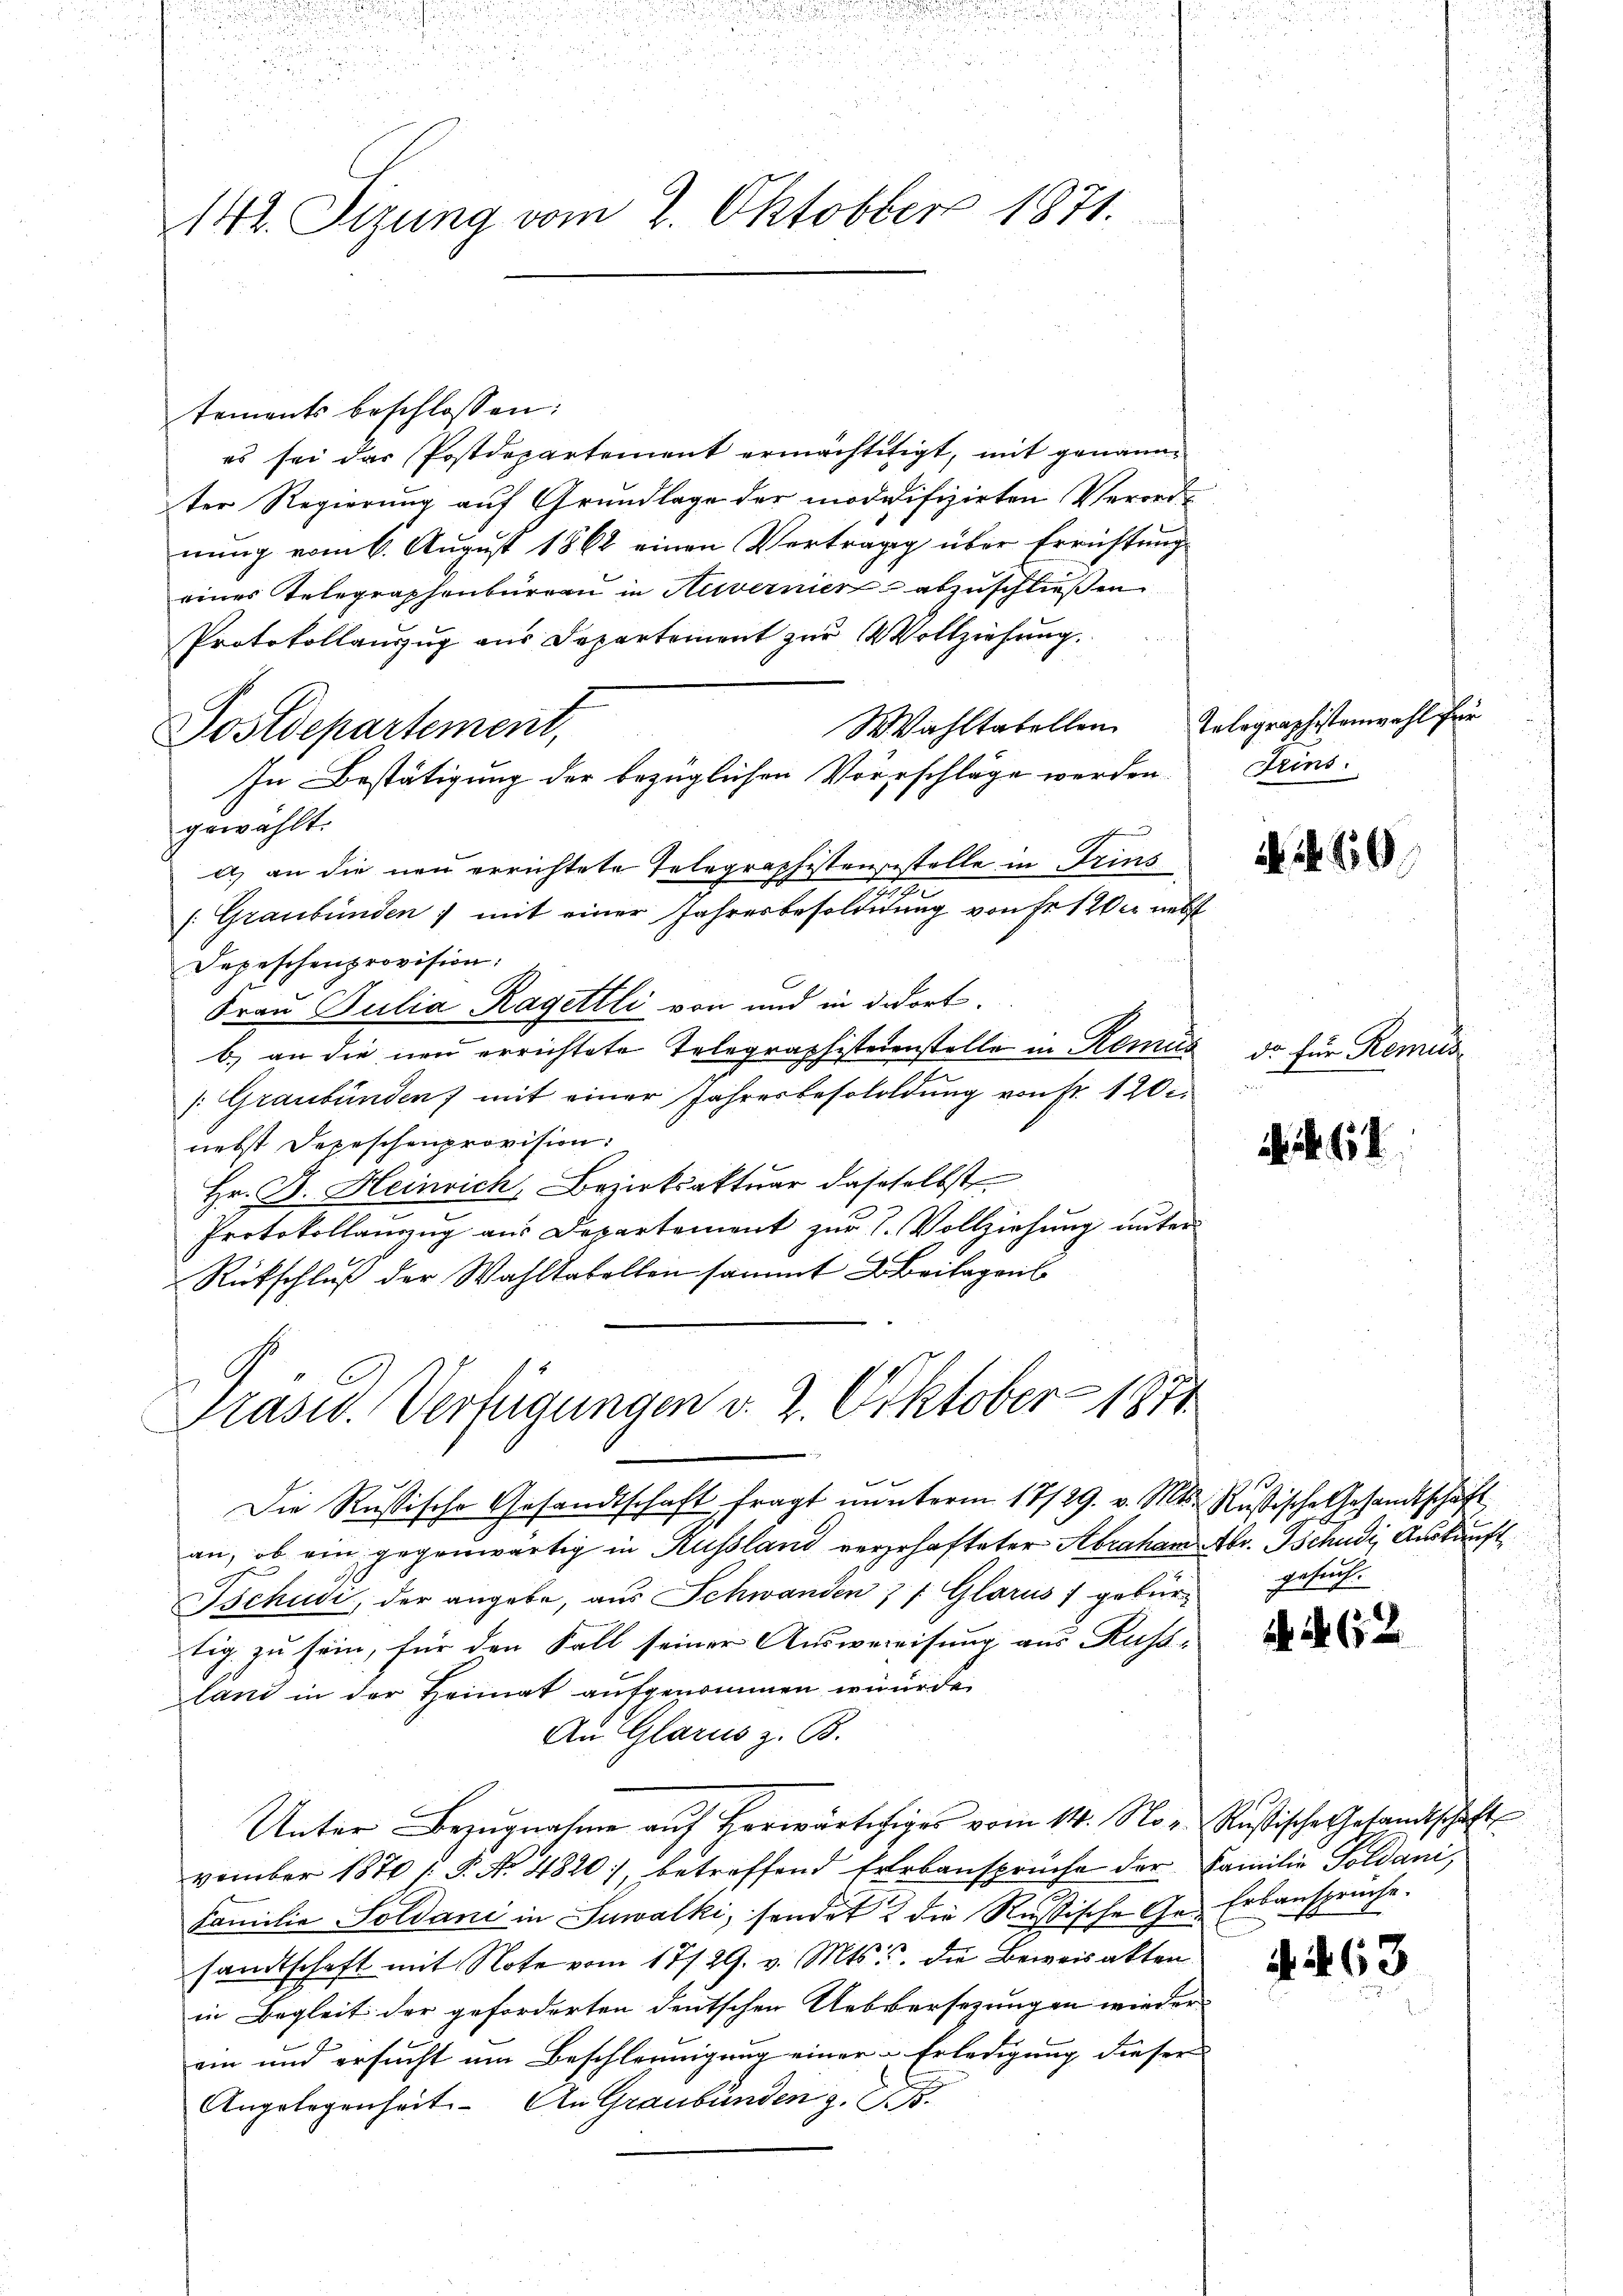
142. Sizung vom 2. Oktobber 1871.

tements beschlossen:
es sei das Postdepartement ermächtitigt, mit genannter Regierung auf Grundlage der modidifizirten Verordnŭng vom 6. August 1862 einen Verträgg über Errichtung
eines Telegraphenburgau in Nervernier abzuschließen
Protokollauszug aus Departement zur Vollziehung
Wahltatellen Telegraphistenwahl fre
Postdepartement,
In Bestätigung der bezüglichen Vorschläge werden.
gewählt.
f und
a) an die neu errichtete Telegraphistengestelle in Trins
2899
/. Graubünden mit einer Jahresbesoldung von Fr. 1 Wer nebst
Depeschenprovision:
Frau Pulia Ragettli von und in dort.
b) an die neu errichtete Telegraphisteienstelle in Romus
/: Graubünden) mit einer Jahresbesoldung von Fr. 120.
nebst Depeschenprovision:
Hr. F. Heinrich, Bezirksaktuar dasselbst
Protokollauzug aus Departement zur L. Vollziehung unter
Rütschluß der Wahltabellen sammt Beilagen
Präsid. Verfügungen v. 2. Oktober 1874
Die Russische Gesandtschaft fragt nŭnterm 17/29. v. Mts. Rußische Gesandtschäft
an, ob ein gegenwärtig in Russland verschafteter Abraham Abr. Tschudi, Auskunft
Tschudi, der angebe, aus Schwanden 7 f Glarus) gebür-
tig zu sein, für den Fall seiner Auswereisung aus Kuss
land in der Heimat aufgenommen wurde.
An Glarus z. B.
Unter Bezugnahme auf Horwärtiger vom 14. Nov. Rußische Gesandtschaft
vember 1870 f. P. Nr. 4820, betreffend Errbansprüche der Familie Goldani,
Familie Soldani in Suwalki, sendet & die Rußische Ge- Erbanspruche.
sandtschaft mit Note vom 17/29. v. Mts. die Beweisakten.
in Begleit der geforderten deutschen Uebersezungen wieder
ein und ersucht um Beschleunigung einer Erledigung dieser
Angelegenheit. An Graubünden z. B.

e

Frins.

10

da für Koment

Nik. I

erseite

652.

4. 463